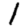
Digit: 1